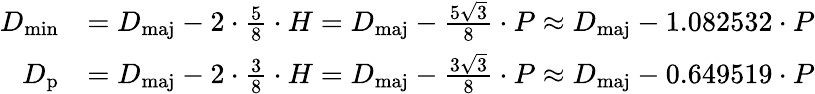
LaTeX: {\begin{array}{rl}{D_{\mathrm{min}}}&{=D_{\mathrm{maj}}-2\cdot{\frac{5}{8}}\cdot H=D_{\mathrm{maj}}-{\frac{5{\sqrt{3}}}{8}}\cdot P\approx D_{\mathrm{maj}}-1.082532\cdot P}\\ {D_{\mathrm{p}}}&{=D_{\mathrm{maj}}-2\cdot{\frac{3}{8}}\cdot H=D_{\mathrm{maj}}-{\frac{3{\sqrt{3}}}{8}}\cdot P\approx D_{\mathrm{maj}}-0.649519\cdot P}\end{array}}